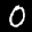
Label: 0